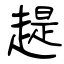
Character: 趧